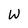
Character: W